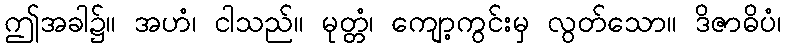
ဤအခါ၌။ အဟံ၊ ငါသည်။ မုတ္တံ၊ ကျော့ကွင်းမှ လွတ်သော။ ဒိဇာဓိပံ၊